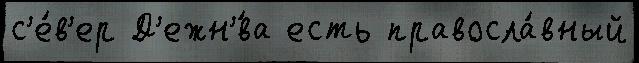
с'е́в'ер Д'ежн'́ва есть правосла́вный